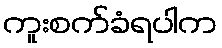
ကူးစက်ခံရပါက